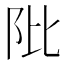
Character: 阰